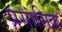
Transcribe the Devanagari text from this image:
प्रसामिक